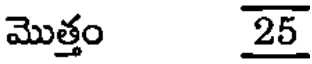
మొత్తం 25